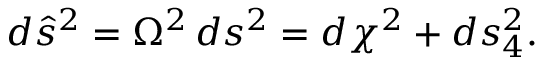
d { \hat { s } } ^ { 2 } = \Omega ^ { 2 } \, d s ^ { 2 } = d \chi ^ { 2 } + d s _ { 4 } ^ { 2 } .